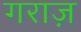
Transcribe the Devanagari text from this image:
गराज़